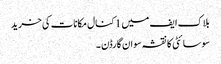
بلاک ایف میں 1 کنال مکانات کی خرید
سوسائٹی کا نقشہ سوان گارڈن ۔